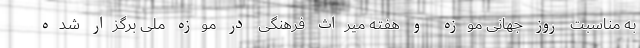
به مناسبت روز جهانی موزه و هفته میراث فرهنگی در موزه ملی برگزار شده